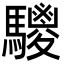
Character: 𩦲